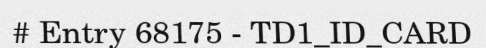
# Entry 68175 - TD1_ID_CARD